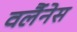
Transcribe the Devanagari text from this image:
वर्लैनेस